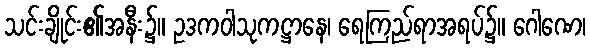
သင်းချိုင်း၏အနီး၌။ ဥဒကဝါသုကဋ္ဌာနေ၊ ရေကြည်ရာအရပ်၌။ ဂေါဏေ၊